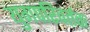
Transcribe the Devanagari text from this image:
युगपरिवर्तक